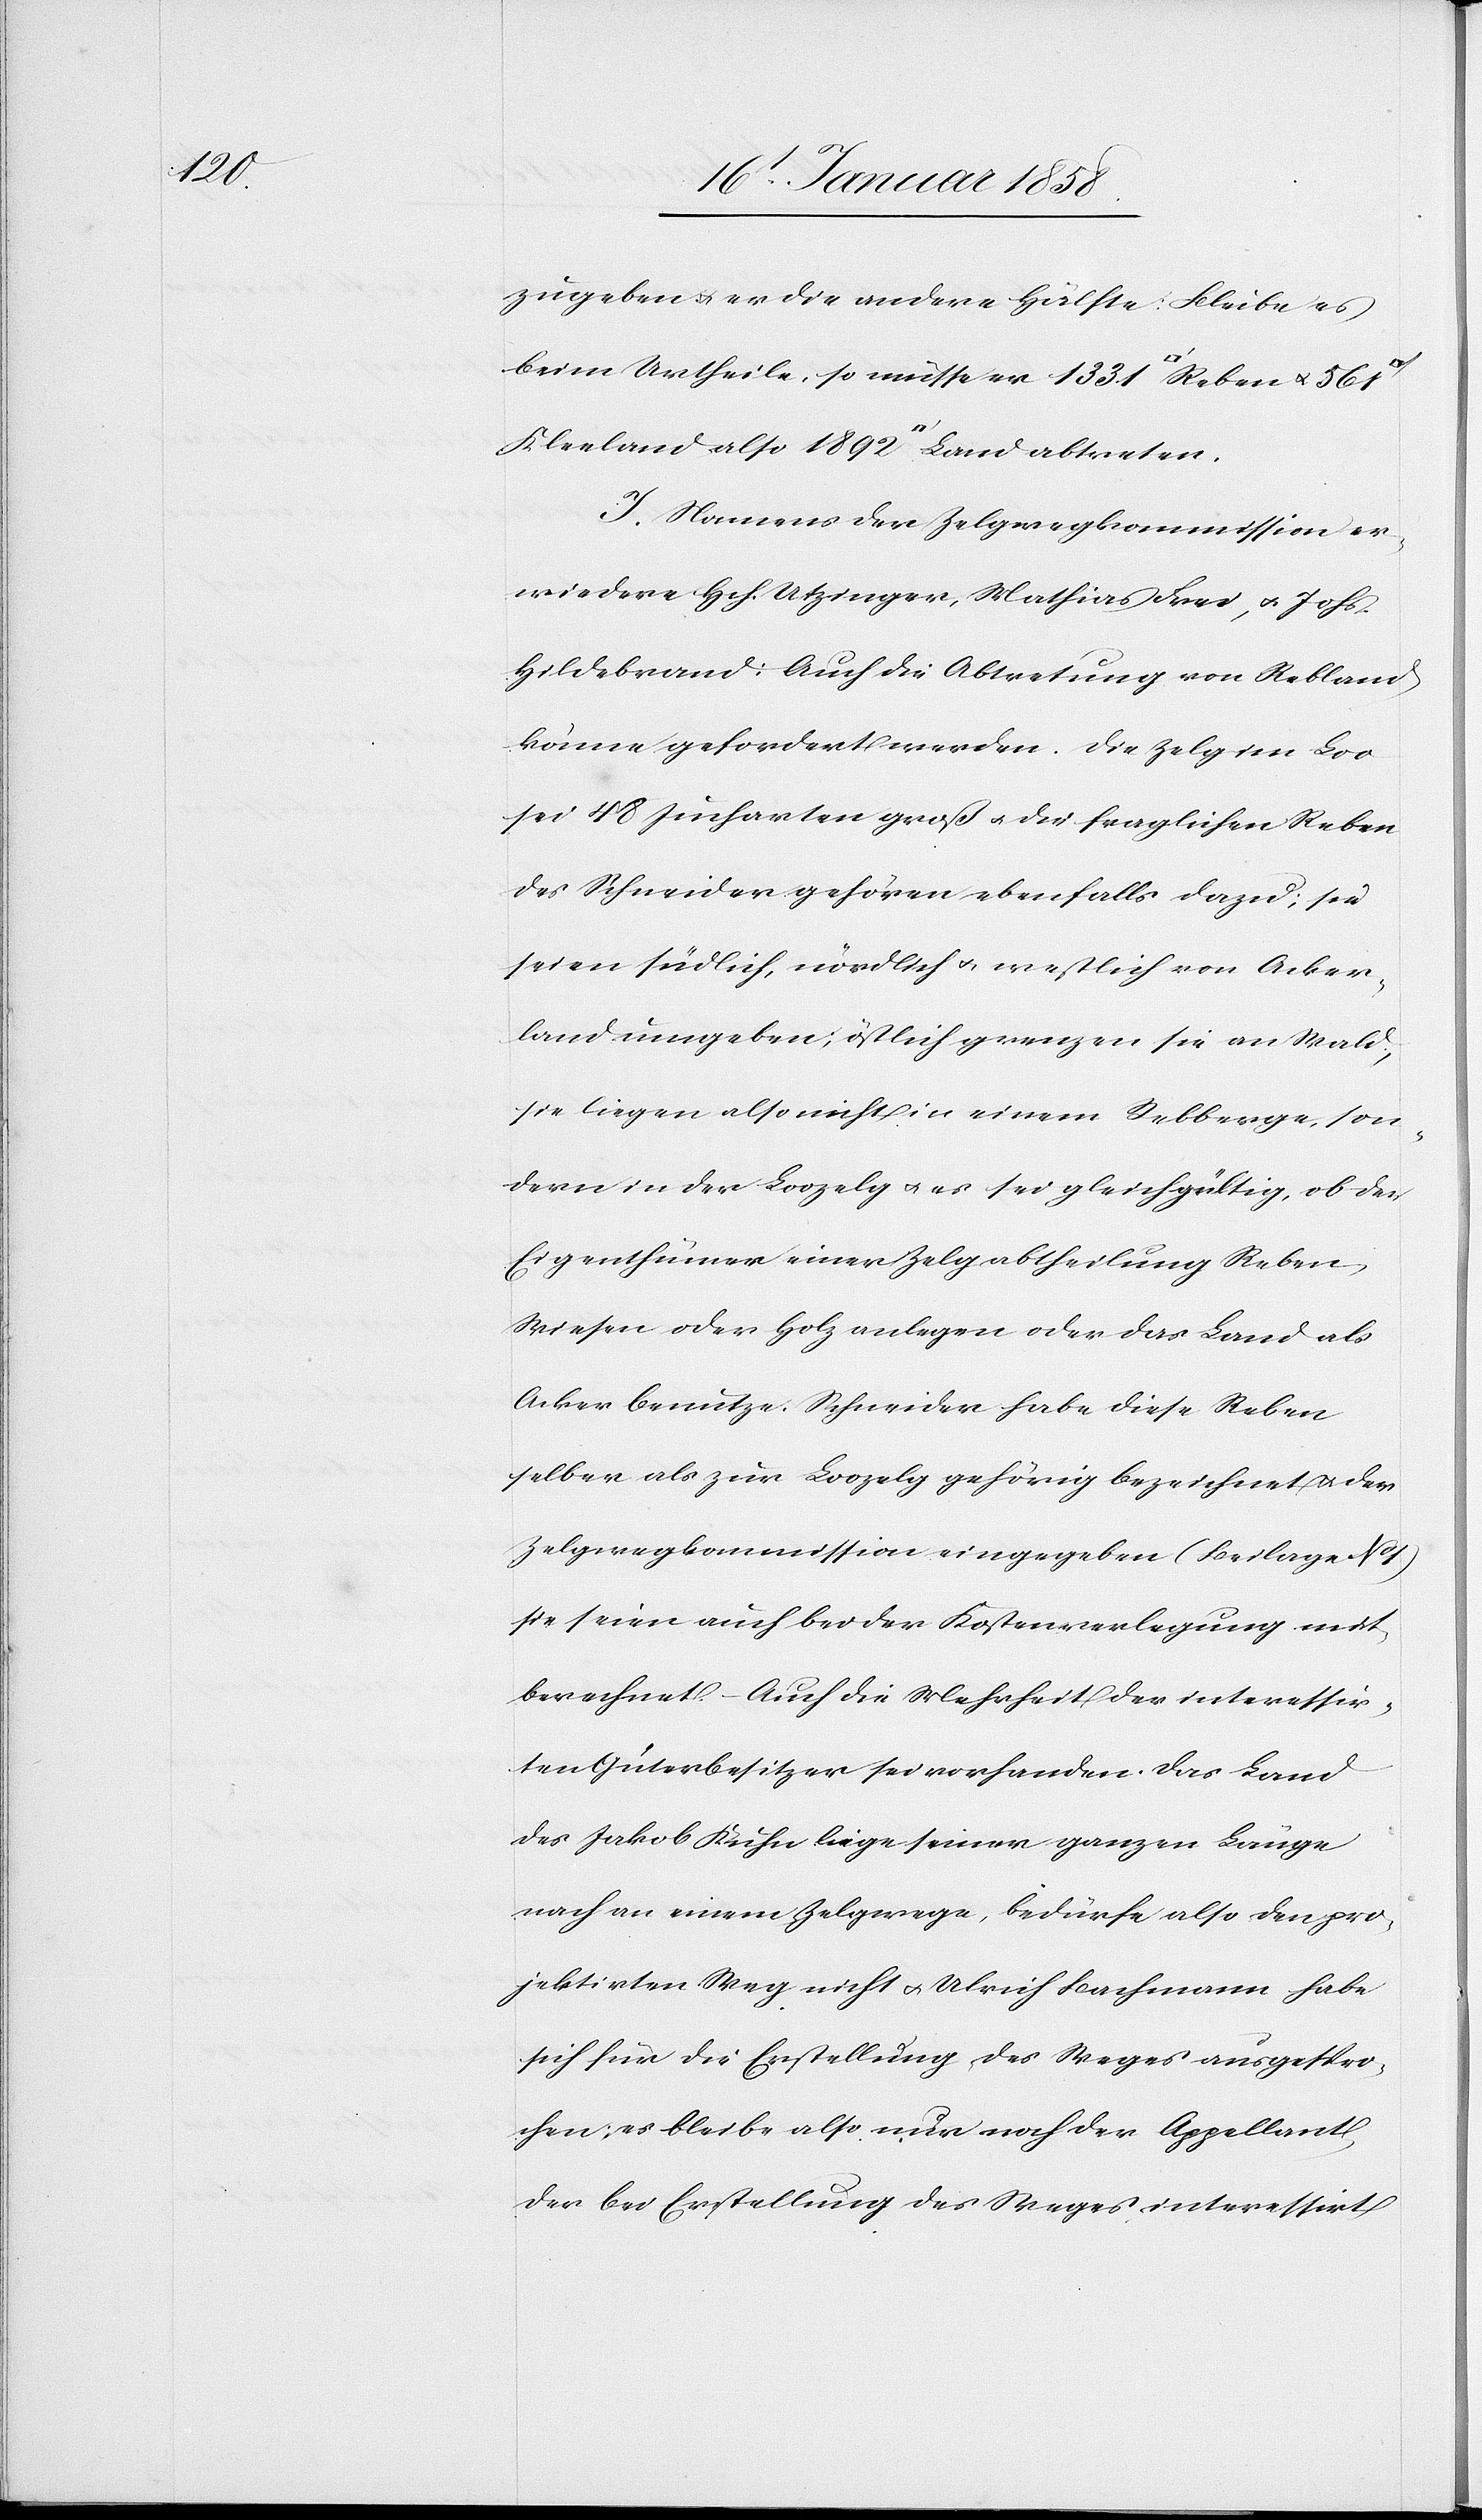
1892

zugeben u. er die andere Hälfte. Bleibe es
beim Urtheile, so müsse er 1331 [Quadratfuss] u.
J. Namens der Zelgwegkommission er¬
wiedere Hch. Utzinger, Mathias Frei, u. Johs.
Hildebrand: Auch die Abtretung von Rebland
könne gefordert werden. Die Zelg im Loo
sei 48 Jucharten groß u. die fraglichen Reben
des Schneider gehören ebenfalls dazu; sie
seien südlich, nördlich u. westlich von Acker¬
land umgeben; östlich grenzen sie an Wald,
sie liegen also nicht in einem Rebberge, son¬
dern in der Loozelg u. es sei gleichgültig, ob der
Eigenthümer einer Zelgabtheilung Reben,
Wiesen oder Holz anlegen oder das Land als
Acker benütze. Schneider habe diese Reben
selber als zur Loozelg gehörig bezeichnet u. der
Zelgwegkommission eingegeben (Beilage No
sie seien auch bei der Kostenverlegung mit¬
berechnet. – Auch die Mehrheit der interessir¬
ten Güterbesitzer sei vorhanden. Das Land
des Jakob Kuhn liege seiner ganzen Länge
nach an einem Zelgwege, bedürfe also den pro¬
jektirten Weg nicht u. Ulrich Bachmann habe
sich für die Erstellung des Weges ausgespro¬
chen; es bleibe also nur noch der Appellant,
der bei Erstellung des Weges interessirt